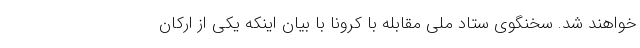
خواهند شد. سخنگوی ستاد ملی مقابله با کرونا با بیان اینکه یکی از ارکان